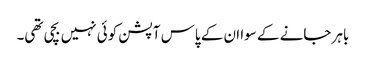
باہر جانے کے سوا ان کے پاس آپشن کوئی نہیں بچی تھی۔